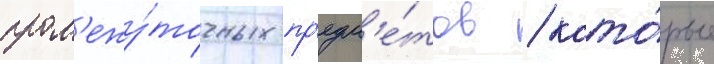
пром'ежу́точных пр'едм'е́тов / кото́рые